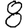
Digit: 8